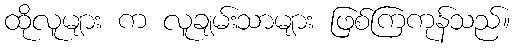
ထိုလူများ က လူချမ်းသာများ ဖြစ်ကြကုန်သည်။